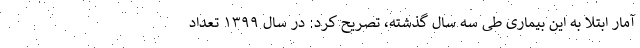
آمار ابتلا به این بیماری طی سه سال گذشته، تصریح کرد: در سال ۱۳۹۹ تعداد